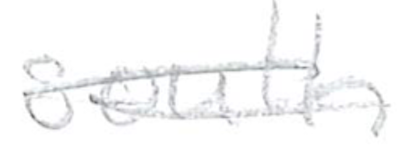
Text: south
Cross-out: double-line
Writing tool: pencil